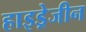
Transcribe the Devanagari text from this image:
हाइड्रेजीन